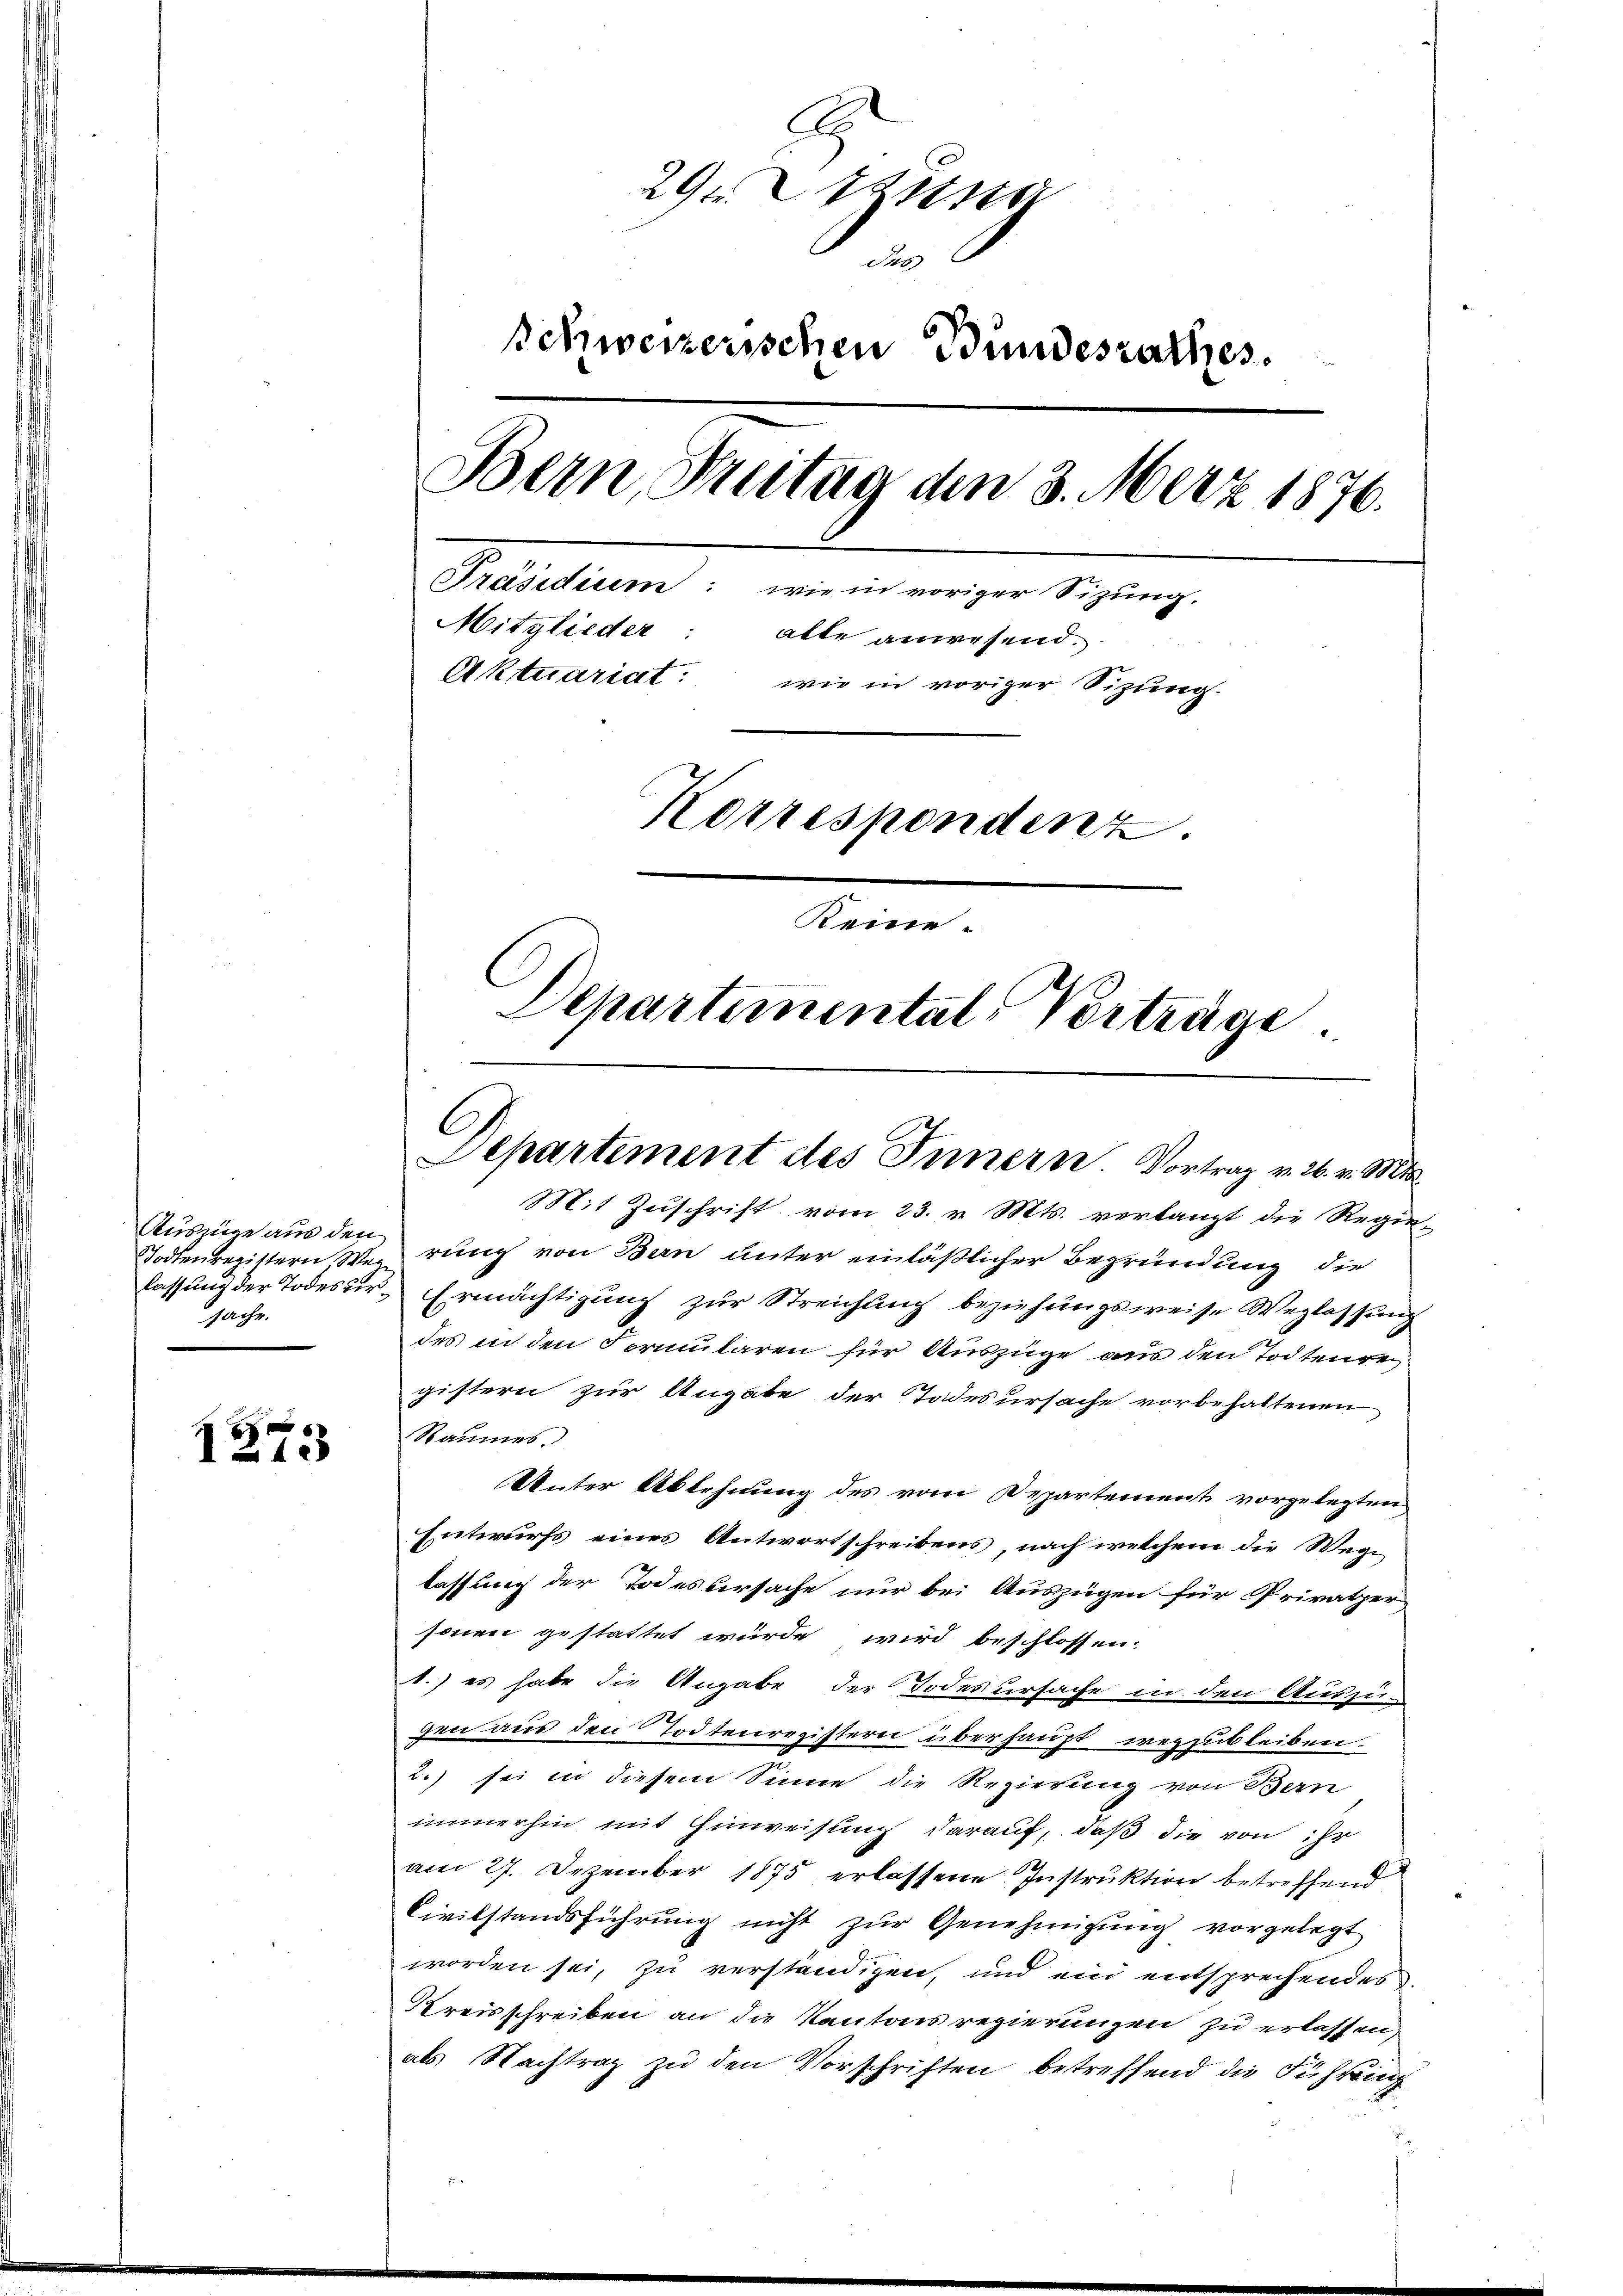
Auszüge aus den
sache.

E
1242

A
29 un
Jus
Schweizerischen Bundesrathes.
Bern, Freitag den 3. März 1876.
Präsidium: wie in voriger Sitzung.
Mitglieder: alle anwesend.
Aktuariat: wie in voriger Sizung.
Korrespondenz.
.
Departemental-Vorträge

C
Departement des Innern. Vortrag v. 26. v. Mts.

Mit Zuschrift vom 23. v. Mts. verlangt die Regie-
Todtenregistern, Werrung von Bern unter einläßlicher Begründung die
lassung der Todesur, Ermächtigung zur Streichung beziehungsweise Weglassung
des in den Formularen für Auszüge aus den Todtenren
gistern zur Angabe der Todesursache vorbehaltenen
Raumes.
Unter Ablehnung des vom Departement vorgelegten
Entwurfs eines Antwortschreibens, nach welchem die Wege
lassung der Todessersache nur bei Auszügen für Privater
sonen gestattet würde wird beschlossen:
k.) es habe die Angabe der Todesursache in den Auszu-
gic aus den Todtenregistern überhaupt wegzubleiben.
2.) sei in diesem Sinne die Regierung von Bern
immerhin mit Hinweisung darauf, daß die von Er
am 27. Dezember 1875 erlassene Instruktion betreffend
Civilstandsführŭng nicht zŭr Genehmigŭng vorgelegt
worden sei, zu verständigen, und ein entsprechendes
Kreisschreiben an die Kantons regierungen zu erlassen,
als Nachtrag zu den Vorschriften betreffend die Führung